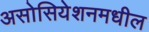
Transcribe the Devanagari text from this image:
असोसियेशनमधील